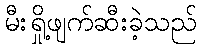
မီးရှို့ဖျက်ဆီးခဲ့သည်